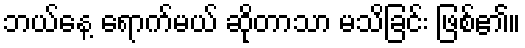
ဘယ်နေ့ ရောက်မယ် ဆိုတာသာ မသိခြင်း ဖြစ်၏။